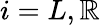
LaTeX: i=L,\mathbb{R}